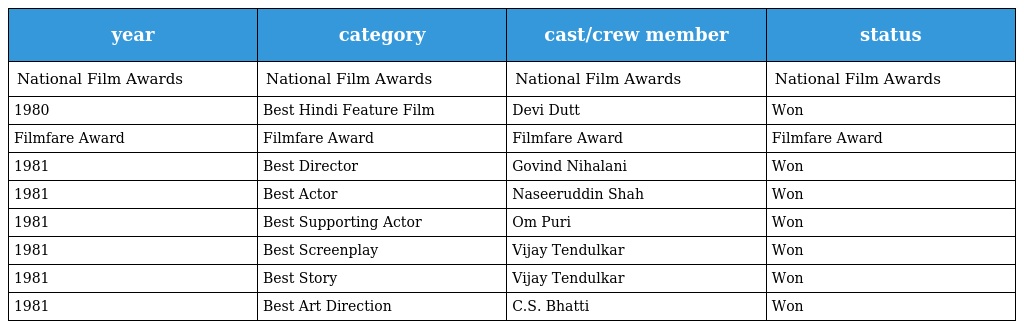
| year | category | cast/crew member | status |
 | --- | --- | --- | --- |
 | National Film Awards | National Film Awards | National Film Awards | National Film Awards |
 | 1980 | Best Hindi Feature Film | Devi Dutt | Won |
 | Filmfare Award | Filmfare Award | Filmfare Award | Filmfare Award |
 | 1981 | Best Director | Govind Nihalani | Won |
 | 1981 | Best Actor | Naseeruddin Shah | Won |
 | 1981 | Best Supporting Actor | Om Puri | Won |
 | 1981 | Best Screenplay | Vijay Tendulkar | Won |
 | 1981 | Best Story | Vijay Tendulkar | Won |
 | 1981 | Best Art Direction | C.S. Bhatti | Won |